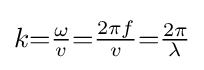
{\textstyle k{=}{\frac {\omega }{v}}{=}{\frac {2\pi f}{v}}{=}{\frac {2\pi }{\lambda }}}